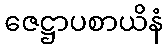
ဇေဋ္ဌာပစာယိနံ